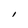
Character: I